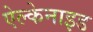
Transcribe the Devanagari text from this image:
ऐल्केनाइड